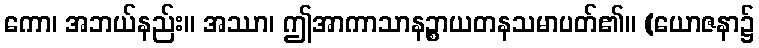
ကော၊ အဘယ်နည်း။ အဿာ၊ ဤအာကာသာနဉ္စာယတနသမာပတ်၏။ (ယောဇနာ၌